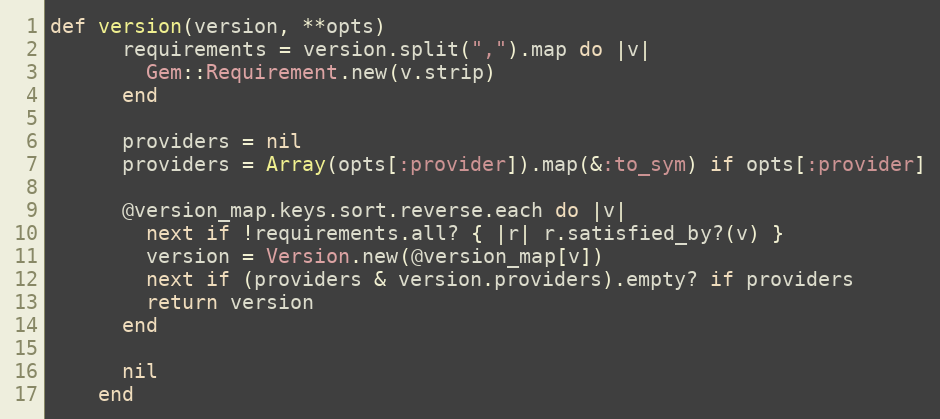
Language: Ruby
def version(version, **opts)
      requirements = version.split(",").map do |v|
        Gem::Requirement.new(v.strip)
      end

      providers = nil
      providers = Array(opts[:provider]).map(&:to_sym) if opts[:provider]

      @version_map.keys.sort.reverse.each do |v|
        next if !requirements.all? { |r| r.satisfied_by?(v) }
        version = Version.new(@version_map[v])
        next if (providers & version.providers).empty? if providers
        return version
      end

      nil
    end